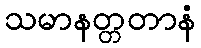
သမာနတ္တတာနံ